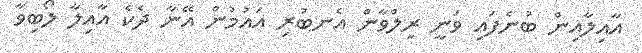
އާއިލާއިން ބުނެފައި ވަނީ ރިލްވާން އެނބުރި އައުމުން އޭނާ ދެކެ އާއިލާ ލޯބިވާ